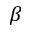
\beta